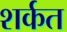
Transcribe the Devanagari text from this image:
शर्कत